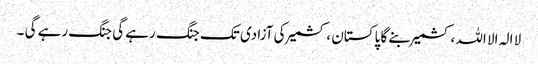
لا الہ الا اللہ ،کشمیر بنے گا پاکستان ، کشمیر کی آزادی تک جنگ رہے گی جنگ رہے گی ۔